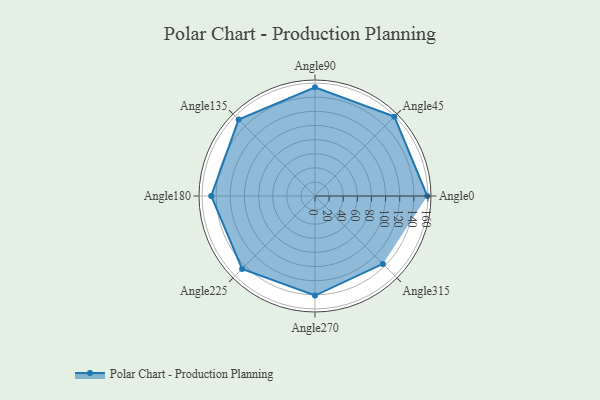
{"axis": {"x": "Angle", "y": "Radius"}, "legend": [""], "data": [{"x": "Angle0", "y": 159.0, "type": ""}, {"x": "Angle45", "y": 159.0, "type": ""}, {"x": "Angle90", "y": 154.0, "type": ""}, {"x": "Angle135", "y": 153.0, "type": ""}, {"x": "Angle180", "y": 147.0, "type": ""}, {"x": "Angle225", "y": 146.0, "type": ""}, {"x": "Angle270", "y": 141.0, "type": ""}, {"x": "Angle315", "y": 136.0, "type": ""}]}